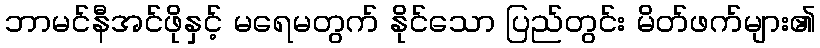
ဘာမင်နီအင်ဖိုနှင့် မရေမတွက် နိုင်သော ပြည်တွင်း မိတ်ဖက်များ၏